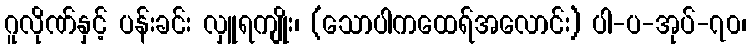
ဂူလိုဏ်နှင့် ပန်းခင်း လှူရကျိုး၊ (သောပါကထေရ်အလောင်း) ပါ-ပ-အုပ်-၇၀၊